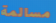
مسالمة